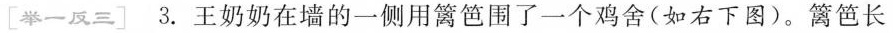
[举一反三] 3.王奶奶在墙的一侧用篱笆围了一个鸡舍(如右下图)。篱笆长